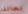
لحالنا